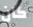
كان